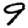
Digit: 9